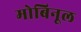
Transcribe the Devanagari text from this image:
मोबिनूल